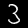
Digit: 3